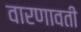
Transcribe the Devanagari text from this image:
वारणावती